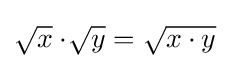
{\textstyle {\sqrt {x{\vphantom {ty}}}}\cdot \!{\sqrt {y{\vphantom {ty}}}}={\sqrt {x\cdot y{\vphantom {ty}}}}}